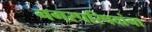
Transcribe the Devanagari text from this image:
नगरपरिषदांना